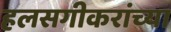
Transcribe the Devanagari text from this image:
हलसगीकरांच्या